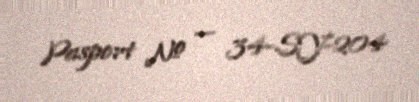
Pasport № — 34-SY-204